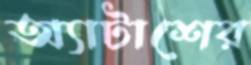
অ্যাটাশের